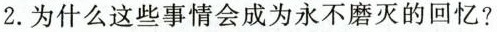
2.为什么这些事情会成为永不磨灭的回忆?